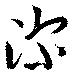
深